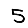
Digit: 5